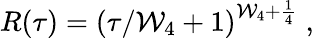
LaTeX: R(\tau)=\left(\tau/\mathcal{W}_{4}+1\right)^{\mathcal{W}_{4}+\frac{{1}}{{4}}}\; ,